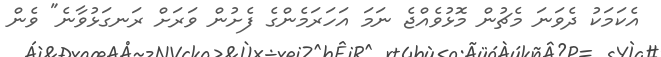
އެކަމަކު ދެވަނަ މެޗުން މޮޅުވެއްޖެ ނަމަ އަހަރަމެންގެ ފެށުން ވަރަށް ރަނގަޅުވާނެ" ވެން